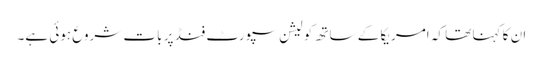
ان کا کہنا تھا کہ امریکا کے ساتھ کولیشن سپورٹ فنڈ پر بات شروع ہوئی ہے۔